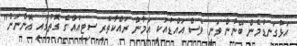
އަޅުގަނޑުމެން ބޭނުން ވަނީ ވެސް އައްޑުއަކީ އަމާން ރައްކާތެރި ސިޓީއެއްގެ ގޮތުގައި އޮންނަން"